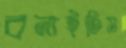
বনাইতিস